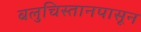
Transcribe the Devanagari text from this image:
बलुचिस्तानपासून